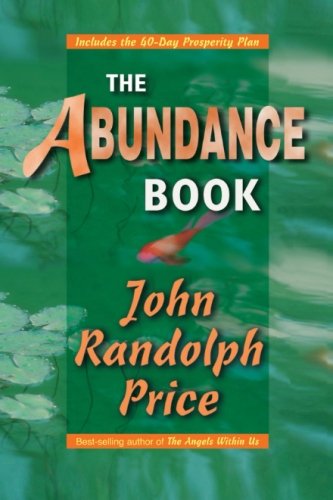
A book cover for The Abundance Book; John Randolph Price; Religion & Spirituality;